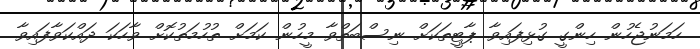
ހަމަނުޖެހުން ހިންގީ ގުޅިފައިވާ ޕާޓީތަކަށް ނިސްބަތްވާ މީހުން ކަމަށް ތުހުމަތުކޮށް ވާހަކަ ދައްކަވާފައިވާ